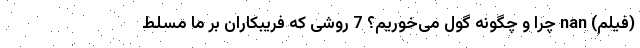
(فیلم) nan چرا و چگونه گول می‌خوریم؟ 7 روشی که فریبکاران بر ما مسلط